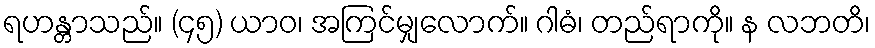
ရဟန္တာသည်။ (၄၅) ယာဝ၊ အကြင်မျှလောက်။ ဂါဓံ၊ တည်ရာကို။ န လဘတိ၊